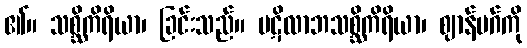
၏။ သစ္ဆိကိရိယာ၊ ခြင်းသည်။ ပဋိလာဘသစ္ဆိကိရိယာ၊ ဈာန်မဂ်ကို